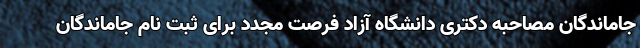
جاماندگان مصاحبه دکتری دانشگاه آزاد فرصت مجدد برای ثبت نام جاماندگان